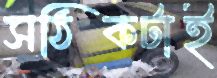
সঠিকটাই